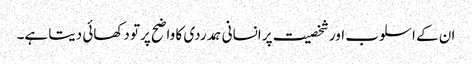
ان کے اسلوب اور شخصیت پر انسانی ہمدردی کا واضح پرتو دکھائی دیتا ہے۔